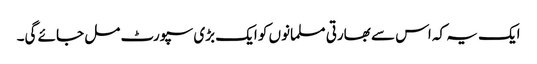
ایک یہ کہ اس سے بھارتی مسلمانوں کو ایک بڑی سپورٹ مل جائے گی۔